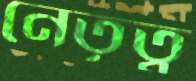
নেতৃত্ব